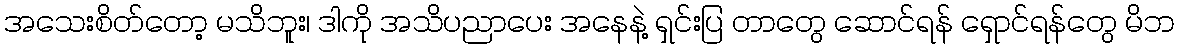
အသေးစိတ်တော့ မသိဘူး၊ ဒါကို အသိပညာပေး အနေနဲ့ ရှင်းပြ တာတွေ ဆောင်ရန် ရှောင်ရန်တွေ မိဘ